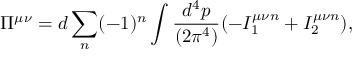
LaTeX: \Pi ^ { \mu \nu } = d \sum _ { n } ( - 1 ) ^ { n } \int { \frac { d ^ { 4 } p } { ( 2 \pi ^ { 4 } ) } } ( - I _ { 1 } ^ { \mu \nu n } + I _ { 2 } ^ { \mu \nu n } ) ,